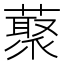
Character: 藂